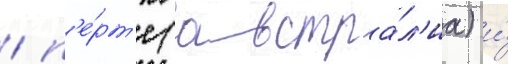
/ п'е́рт'е (австра́л'иа) и́